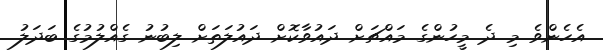
އެހެންވެ މި ދެ މީހުންގެ މައްޗަށް ދައުވާކޮށް ދައުލަތަށް ލިބުނު ގެއްލުމުގެ ބަދަލު